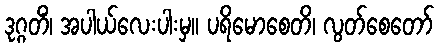
ဒုဂ္ဂတိံ၊ အပါယ်လေးပါးမှ။ ပရိမောစေတိ၊ လွတ်စေတော်